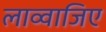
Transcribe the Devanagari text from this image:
लाव्वाजिए